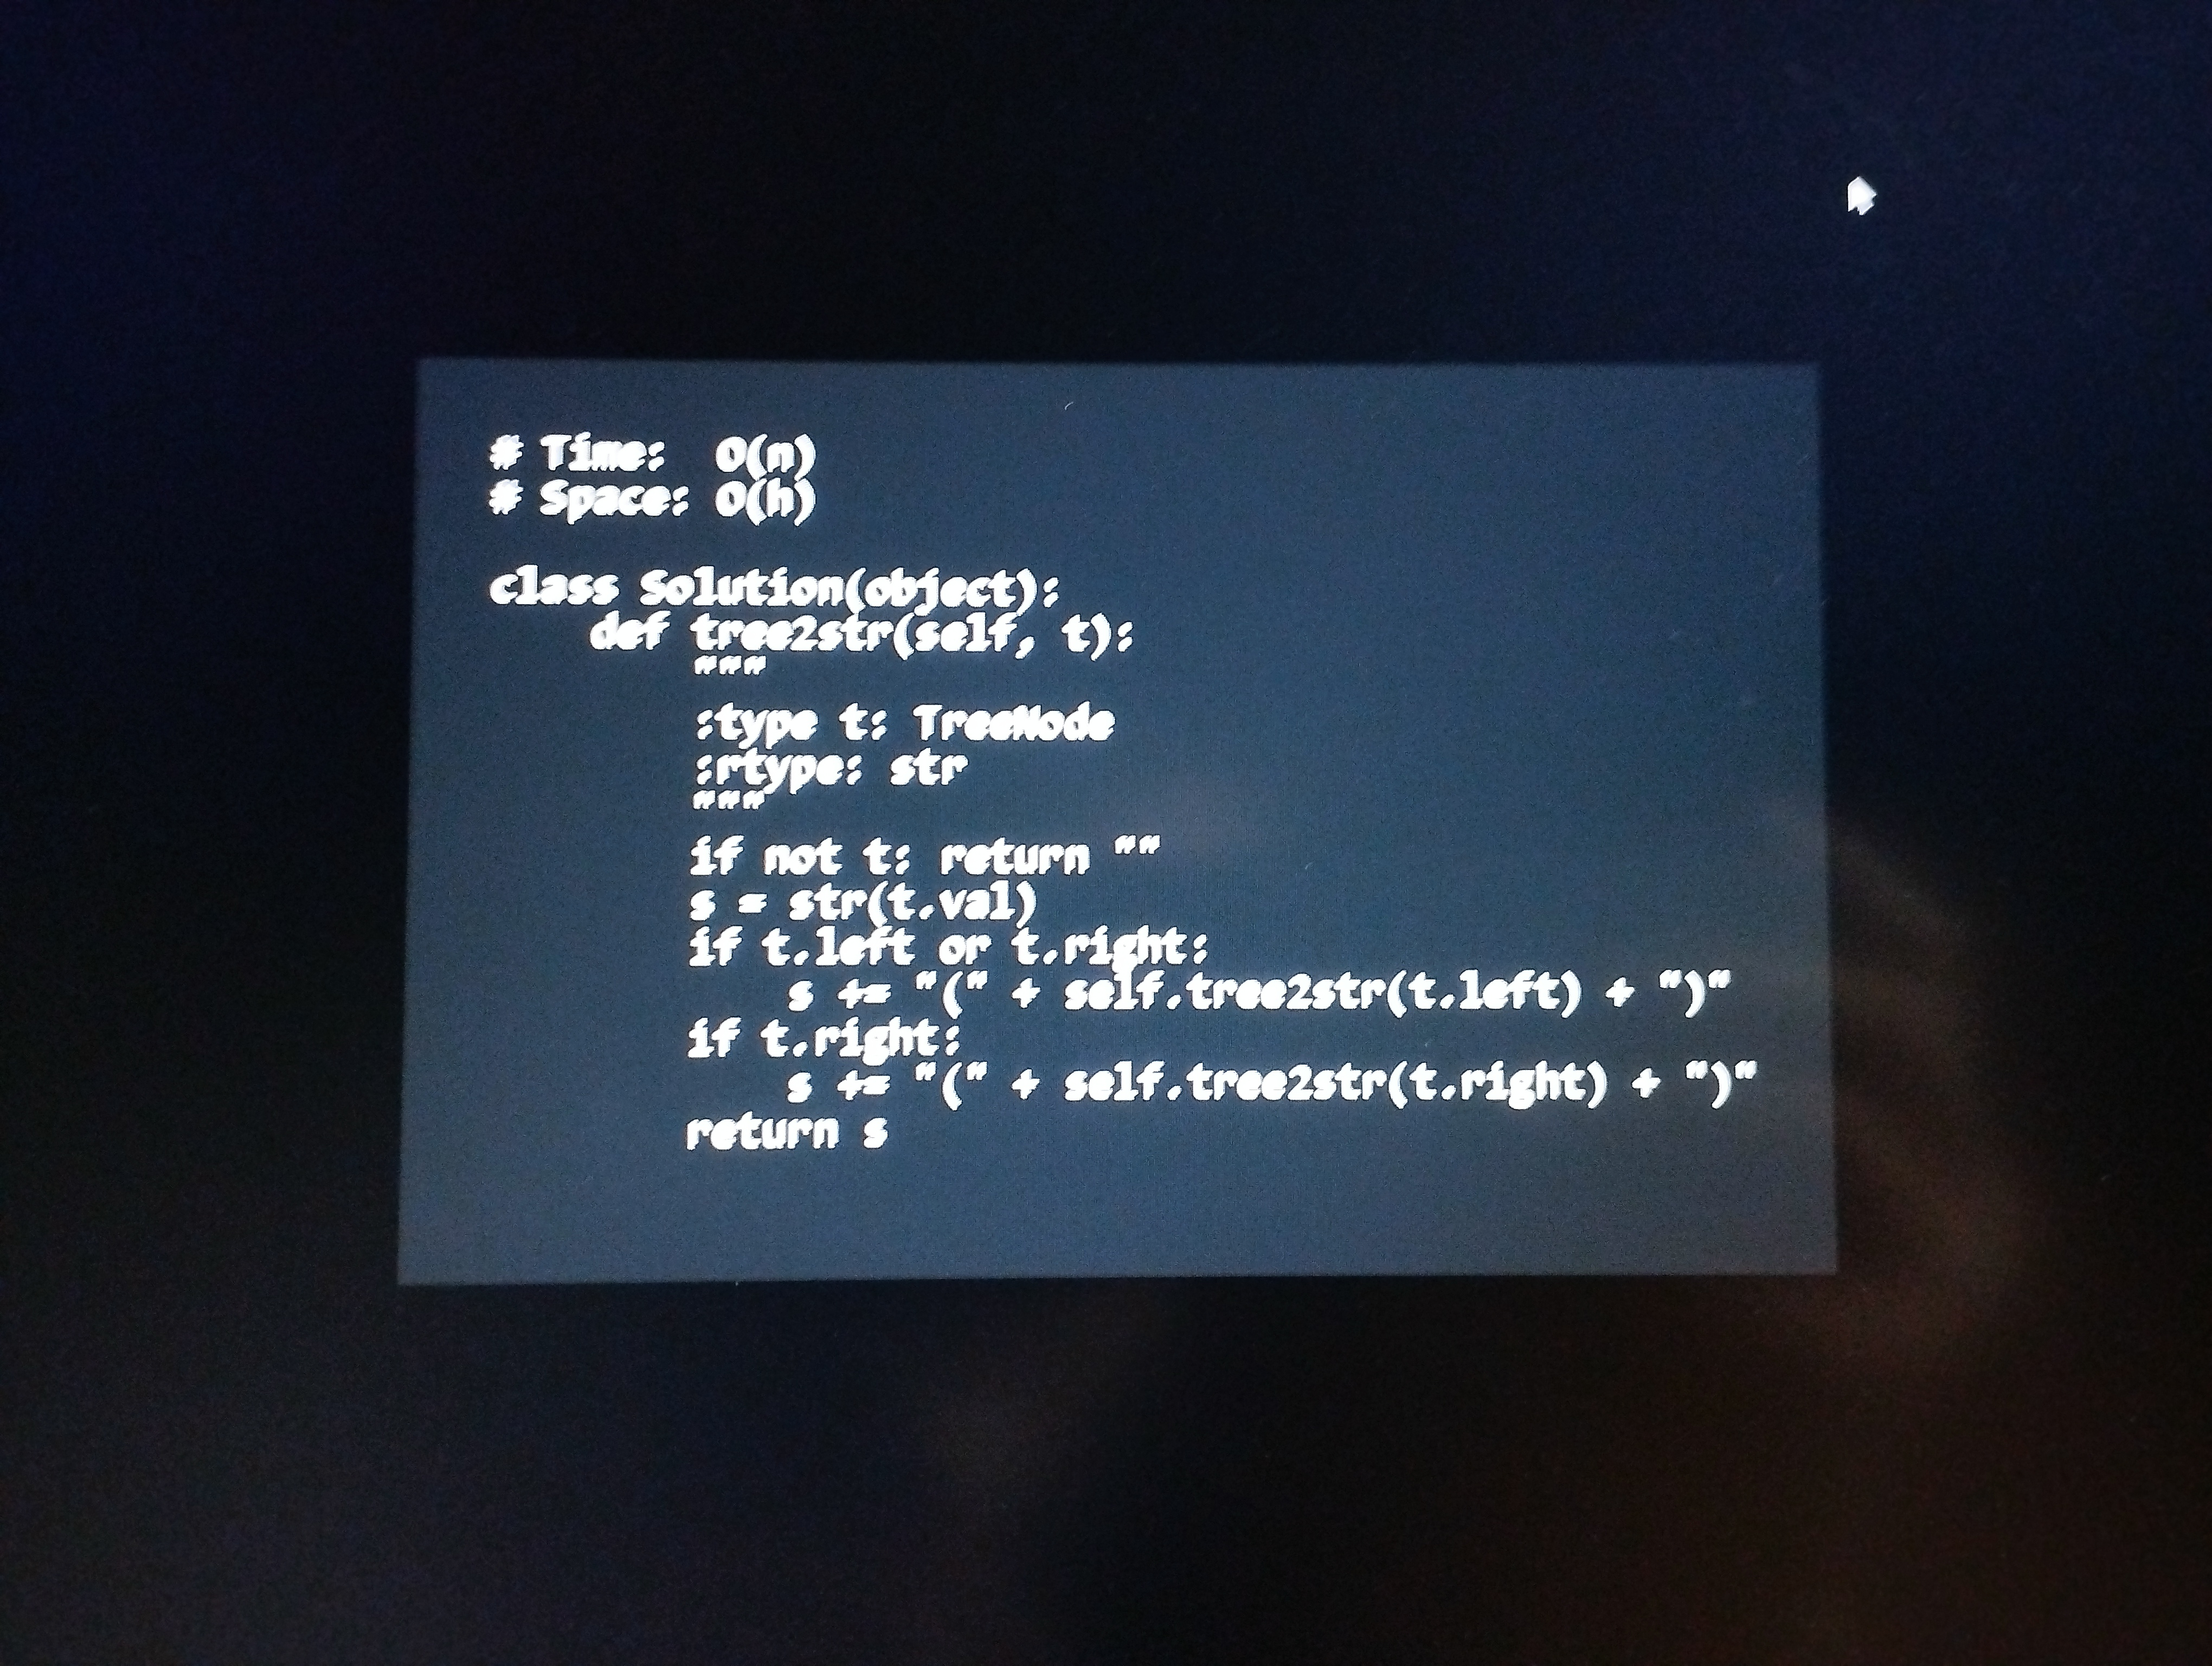
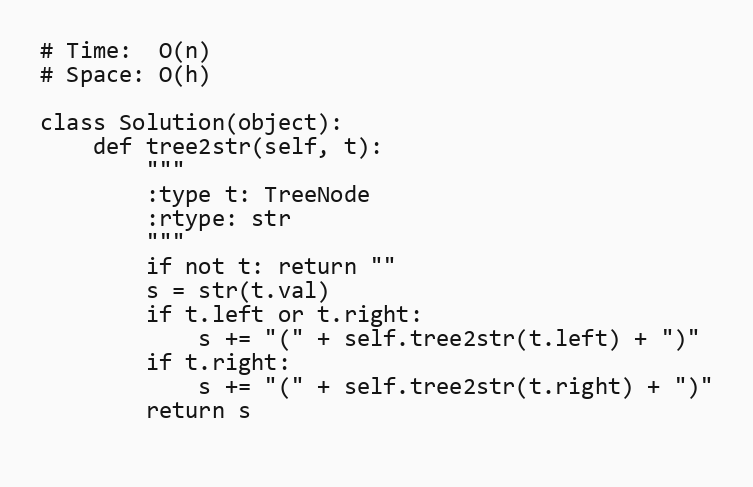
# Time:  O(n)
# Space: O(h)

class Solution(object):
    def tree2str(self, t):
        """
        :type t: TreeNode
        :rtype: str
        """
        if not t: return ""
        s = str(t.val)
        if t.left or t.right:
            s += "(" + self.tree2str(t.left) + ")"
        if t.right:
            s += "(" + self.tree2str(t.right) + ")"
        return s